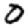
Digit: 0